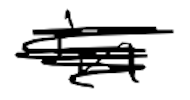
Text: in
Cross-out: scratch
Writing tool: digital_black